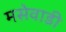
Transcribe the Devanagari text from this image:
मसेवाडी